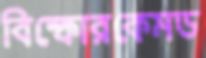
বিস্ফোরকেমড